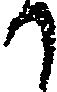
か